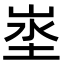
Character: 埊